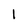
Character: I